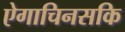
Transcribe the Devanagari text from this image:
ऐगाचिनसकि